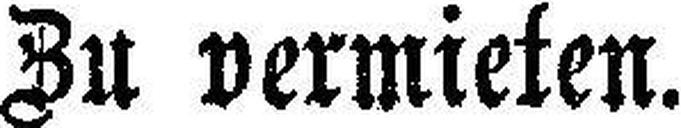
Zu vermieten.